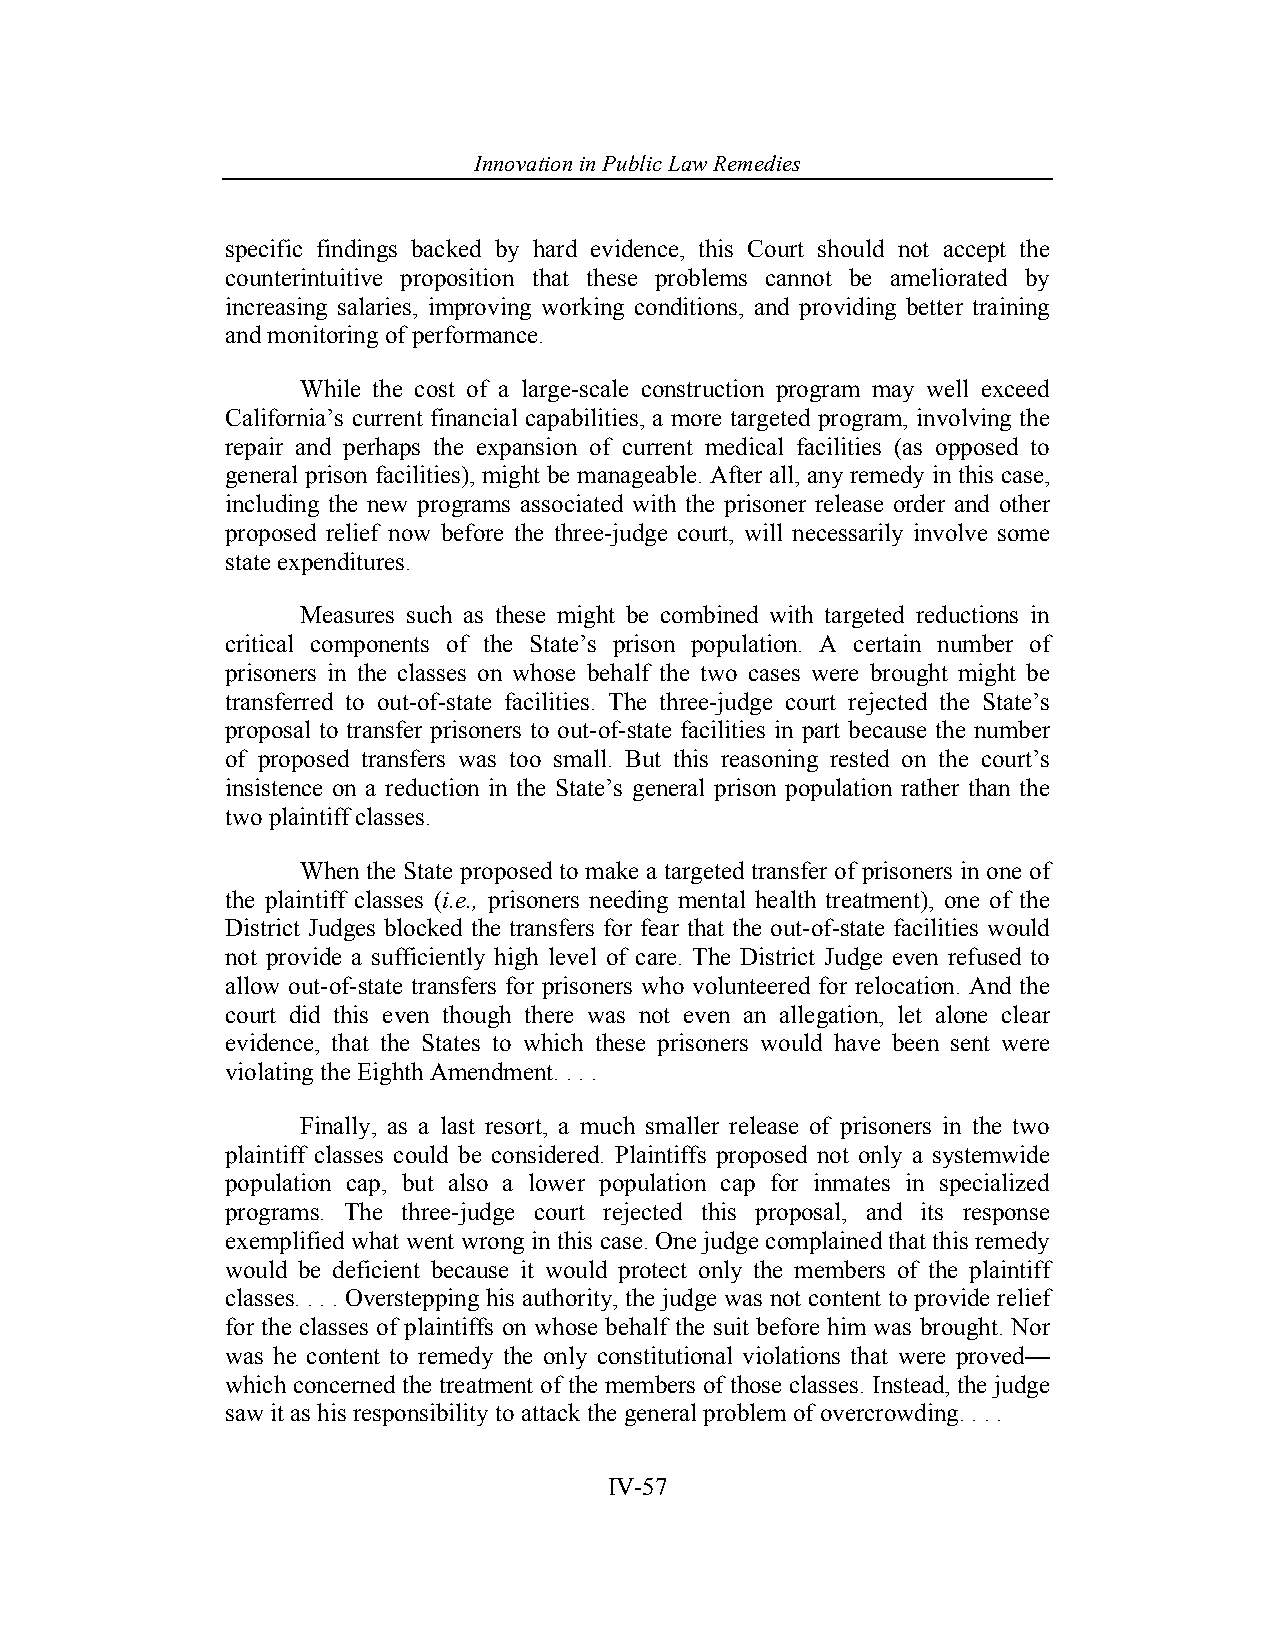
Innovation in Pub lic Law Remedies
 specific findings backed by hard evidence, this Court should not accept the
 counterintuitive proposition that these problems cannot be ameliorated by
 increasing salaries, improving working conditions, and providing better training
 and monitoring of performance.
 While the cost of a large-scale construction program may well exceed
 California’s current financial capabilities, a more targeted program, involving the
 repair and perhaps the expansion of current medical facilities (as opposed to
 general prison facilities), might be manageable. After all, any remedy in this case,
 including the new programs associated with the prisoner release order and other
 proposed relief now before the three-judge court, will necessarily involve some
 state expenditures.
 Measures such as these might be combined with targeted reductions in
 critical components of the State’s prison population. A certain number of
 prisoners in the classes on whose behalf the two cases were brought might be
 transferred to out-of-state facilities. The three-judge court rejected the State’s
 proposal to transfer prisoners to out-of-state facilities in part because the number
 of proposed transfers was too small. But this reasoning rested on the court’s
 insistence on a reduction in the State’s general prison population rather than the
 two plaintiff classes.
 When the State proposed to make a targeted transfer of prisoners in one of
 the plaintiff classes (i.e., prisoners needing mental health treatment), one of the
 District Judges blocked the transfers for fear that the out-of-state facilities would
 not provide a sufficiently high level of care. The District Judge even refused to
 allow out-of-state transfers for prisoners who volunteered for relocation. And the
 court did this even though there was not even an allegation, let alone clear
 evidence, that the States to which these prisoners would have been sent were
 violating the Eighth Amendment. . . .
 Finally, as a last resort, a much smaller release of prisoners in the two
 plaintiff classes could be considered. Plaintiffs proposed not only a systemwide
 population cap, but also a lower population cap for inmates in specialized
 programs. The three-judge court rejected this proposal, and its response
 exemplified what went wrong in this case. One judge complained that this remedy
 would be deficient because it would protect only the members of the plaintiff
 classes. . . . Overstepping his authority, the judge was not content to provide relief
 for the classes of plaintiffs on whose behalf the suit before him was brought. Nor
 was he content to remedy the only constitutional violations that were proved—
 which concerned the treatment of the members of those classes. Instead, the judge
 saw it as his responsibility to attack the general problem of overcrowding. . . .
 IV-57